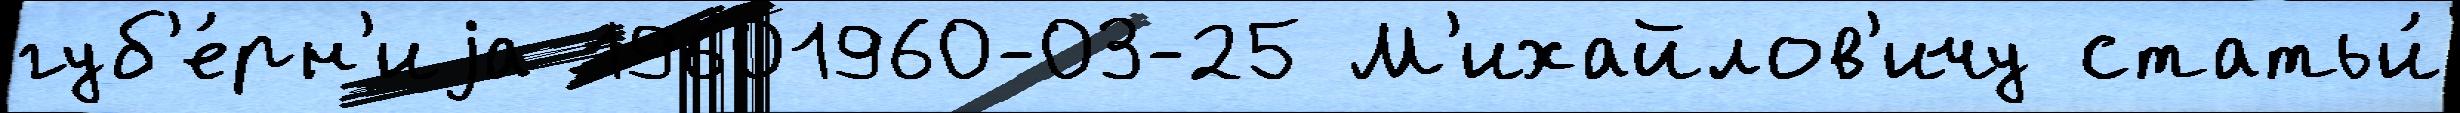
губ'е́рн'иjа 19601960-03-25 М'ихайлов'ичу статьи́